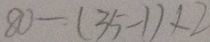
8 0 - ( 3 5 - 1 ) \times 2